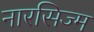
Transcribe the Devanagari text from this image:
नारसिज्म